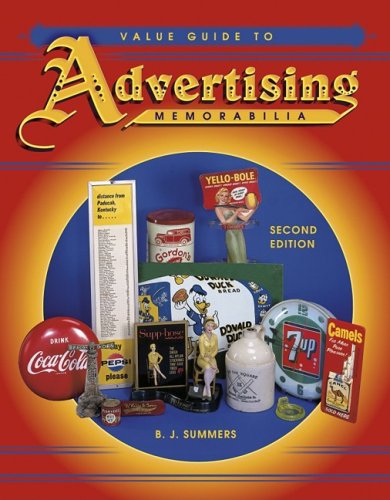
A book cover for Value Guide to Advertising Memorabilia; B. J. Summers; Crafts, Hobbies & Home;